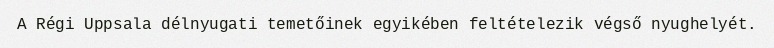
A Régi Uppsala délnyugati temetőinek egyikében feltételezik végső nyughelyét.